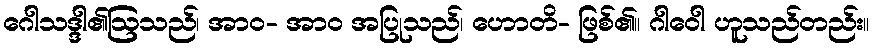
ဂေါသဒ္ဒါ၏ဩသည်၊ အာဝ- အာဝ အပြုသည်၊ ဟောတိ- ဖြစ်၏။ ဂါဝေါ ဟူသည်တည်း။